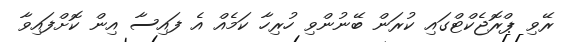
ރޭވި ޕްރޮޖެކްޓްގައި ކުރަން ބޭނުންވި ހުރިހާ ކަމެއް އެ ފައިސާ އިން ކޮށްފައިވާ